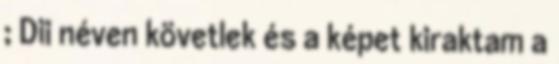
; Dii néven követlek és a képet kiraktam a